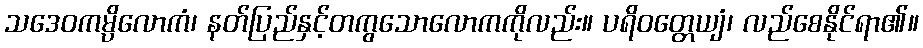
သဒေဝကမ္ပိလောကံ၊ နတ်ပြည်နှင့်တကွသောလောကကိုလည်း။ ပရိဝတ္တေယျံ၊ လည်စေနိုင်ရာ၏။